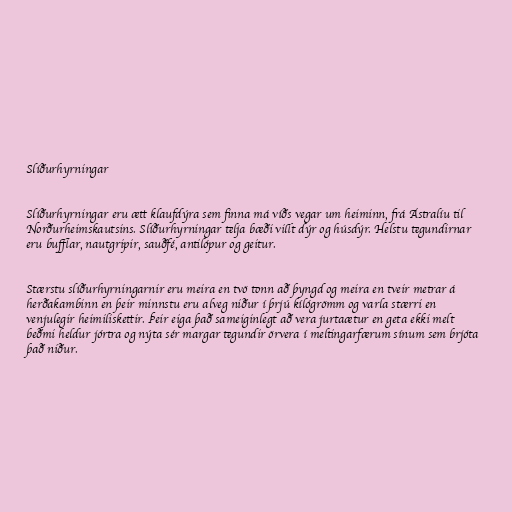
Slíðurhyrningar

Slíðurhyrningar eru ætt klaufdýra sem finna má víðs vegar um heiminn, frá Ástralíu til
Norðurheimskautsins. Slíðurhyrningar telja bæði villt dýr og húsdýr. Helstu tegundirnar
eru bufflar, nautgripir, sauðfé, antilópur og geitur.

Stærstu slíðurhyrningarnir eru meira en tvö tonn að þyngd og meira en tveir metrar á
herðakambinn en þeir minnstu eru alveg niður í þrjú kílógrömm og varla stærri en
venjulegir heimiliskettir. Þeir eiga það sameiginlegt að vera jurtaætur en geta ekki melt
beðmi heldur jórtra og nýta sér margar tegundir örvera í meltingarfærum sínum sem brjóta
það niður.